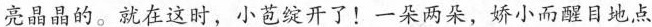
亮晶晶的。就在这时，小苞绽开了！一朵两朵，娇小而醒目地点